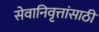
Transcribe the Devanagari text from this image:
सेवानिवृत्तांसाठी